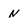
Character: N